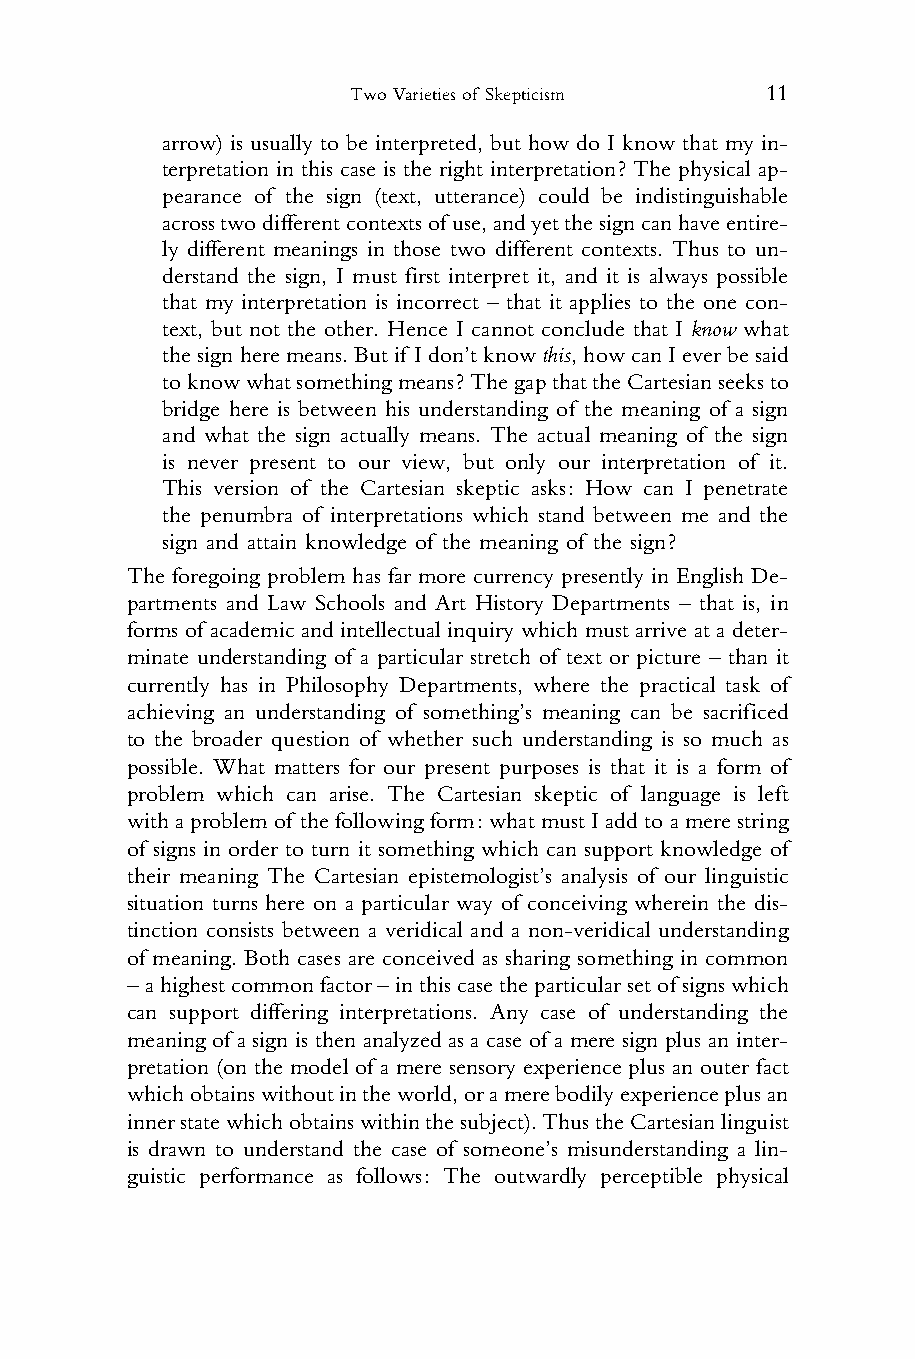
Two Varieties of Skepticism 11
 1    arrow) is usually to be interpreted, but how do I know that my in-
 2    terpretation in this case is the right interpretation? The physical ap-
 3    pearance of the sign (text, utterance) could be indistinguishable
 4    acrosstwodifferentcontextsofuse,andyetthesigncanhaveentire-
 5    ly different meanings in those two different contexts. Thus to un-
 6    derstand the sign, I must first interpret it, and it is always possible
 7    that my interpretation is incorrect – that it applies to the one con-
 8    text, but not the other. Hence I cannot conclude that I know what
 9    thesignheremeans.Butif Idon’tknowthis,howcanIeverbesaid
 10    toknowwhatsomethingmeans?ThegapthattheCartesianseeksto
 11    bridge here is between his understanding of the meaning of a sign
 12    and what the sign actually means. The actual meaning of the sign
 13    is never present to our view, but only our interpretation of it.
 14    This version of the Cartesian skeptic asks: How can I penetrate
 15    the penumbra of interpretations which stand between me and the
 16    sign and attain knowledge of the meaning of the sign?
 17 The foregoing problem has far more currency presently in English De-
 18 partments and Law Schools and Art History Departments – that is, in
 19 forms of academic and intellectual inquiry which must arrive at a deter-
 20 minate understanding of a particular stretch of text or picture – than it
 21 currently has in Philosophy Departments, where the practical task of
 22
 achieving an understanding of something’s meaning can be sacrificed
 23
 to the broader question of whether such understanding is so much as
 24
 possible. What matters for our present purposes is that it is a form of
 25
 problem which can arise. The Cartesian skeptic of language is left
 26
 with aproblem of thefollowing form:what must Iadd toa merestring
 27
 of signs in order to turn it something which can support knowledge of
 28
 their meaning The Cartesian epistemologist’s analysis of our linguistic
 29
 situation turns here on a particular way of conceiving wherein the dis-
 30
 tinction consists between a veridical and a non-veridical understanding
 31
 of meaning. Both cases are conceived as sharing something in common
 32
 –ahighestcommonfactor–inthiscasetheparticularsetofsignswhich
 33
 can support differing interpretations. Any case of understanding the
 34
 meaning of a sign is then analyzed as a case of a mere sign plus an inter-
 35
 pretation (on the model of a mere sensory experience plus an outer fact
 36
 whichobtainswithoutintheworld,oramerebodilyexperienceplusan
 37
 innerstatewhichobtainswithinthesubject).ThustheCartesianlinguist
 38
 is drawn to understand the case of someone’s misunderstanding a lin-
 39
 guistic performance as follows: The outwardly perceptible physical
 40